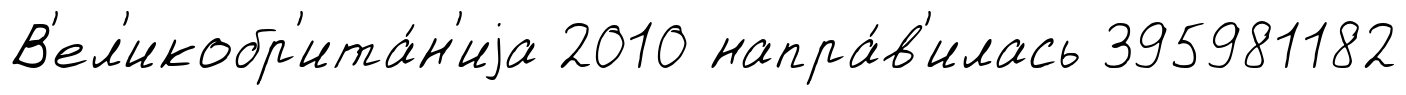
В'ел'икобр'ита́н'иjа 2010 напра́в'илась 395981182